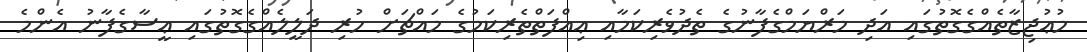
މުޢުޖިޒާތެއްގެގޮތުގައި އަދި މަރްޔަމްގެފާނުގެ ތެދުވެރިކަމާއި ޢިއްފަތްތެރިކަމުގެ މައްޗަށް ހުރި ދަލީލެއްގެގޮތުގައި ޢީސާގެފާނު އެންމެ